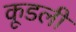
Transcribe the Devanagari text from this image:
कूडली